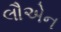
લૌએન